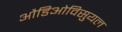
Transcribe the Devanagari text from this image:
औडिओविसुयल